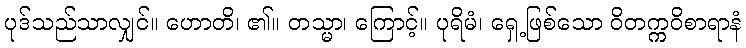
ပုဒ်သည်သာလျှင်။ ဟောတိ၊ ၏။ တသ္မာ၊ ကြောင့်။ ပုရိမံ၊ ရှေ့ဖြစ်သော ဝိတက္ကဝိစာရာနံ